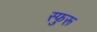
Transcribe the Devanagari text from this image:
स्फुरू